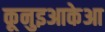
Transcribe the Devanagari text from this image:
कूनुइआकेआ